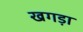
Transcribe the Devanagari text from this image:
खगड़ा